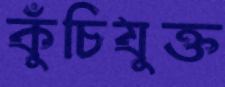
কুঁচিযুক্ত